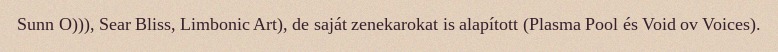
Sunn O))), Sear Bliss, Limbonic Art), de saját zenekarokat is alapított (Plasma Pool és Void ov Voices).